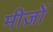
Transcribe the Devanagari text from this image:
मीज़ों